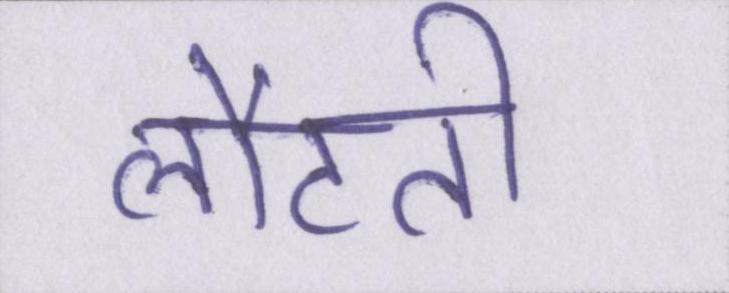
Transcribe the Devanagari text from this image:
लौटती